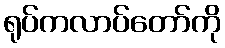
ရုပ်ကလာပ်တော်ကို